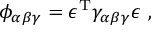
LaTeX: \phi _ { \alpha \beta \gamma } = \epsilon ^ { \mathrm { T } } \gamma _ { \alpha \beta \gamma } \epsilon ~ ,